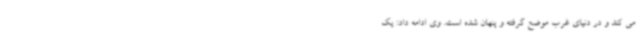
می کند و در دنیای غرب موضع گرفته و پنهان شده است. وی ادامه داد: یک